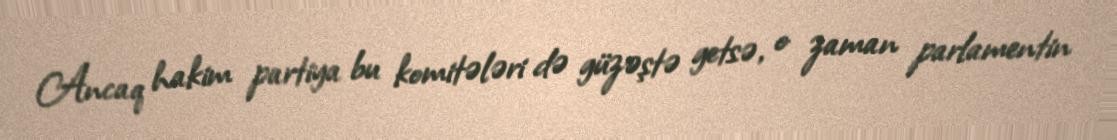
Ancaq hakim partiya bu komitələri də güzəştə getsə, o zaman parlamentin